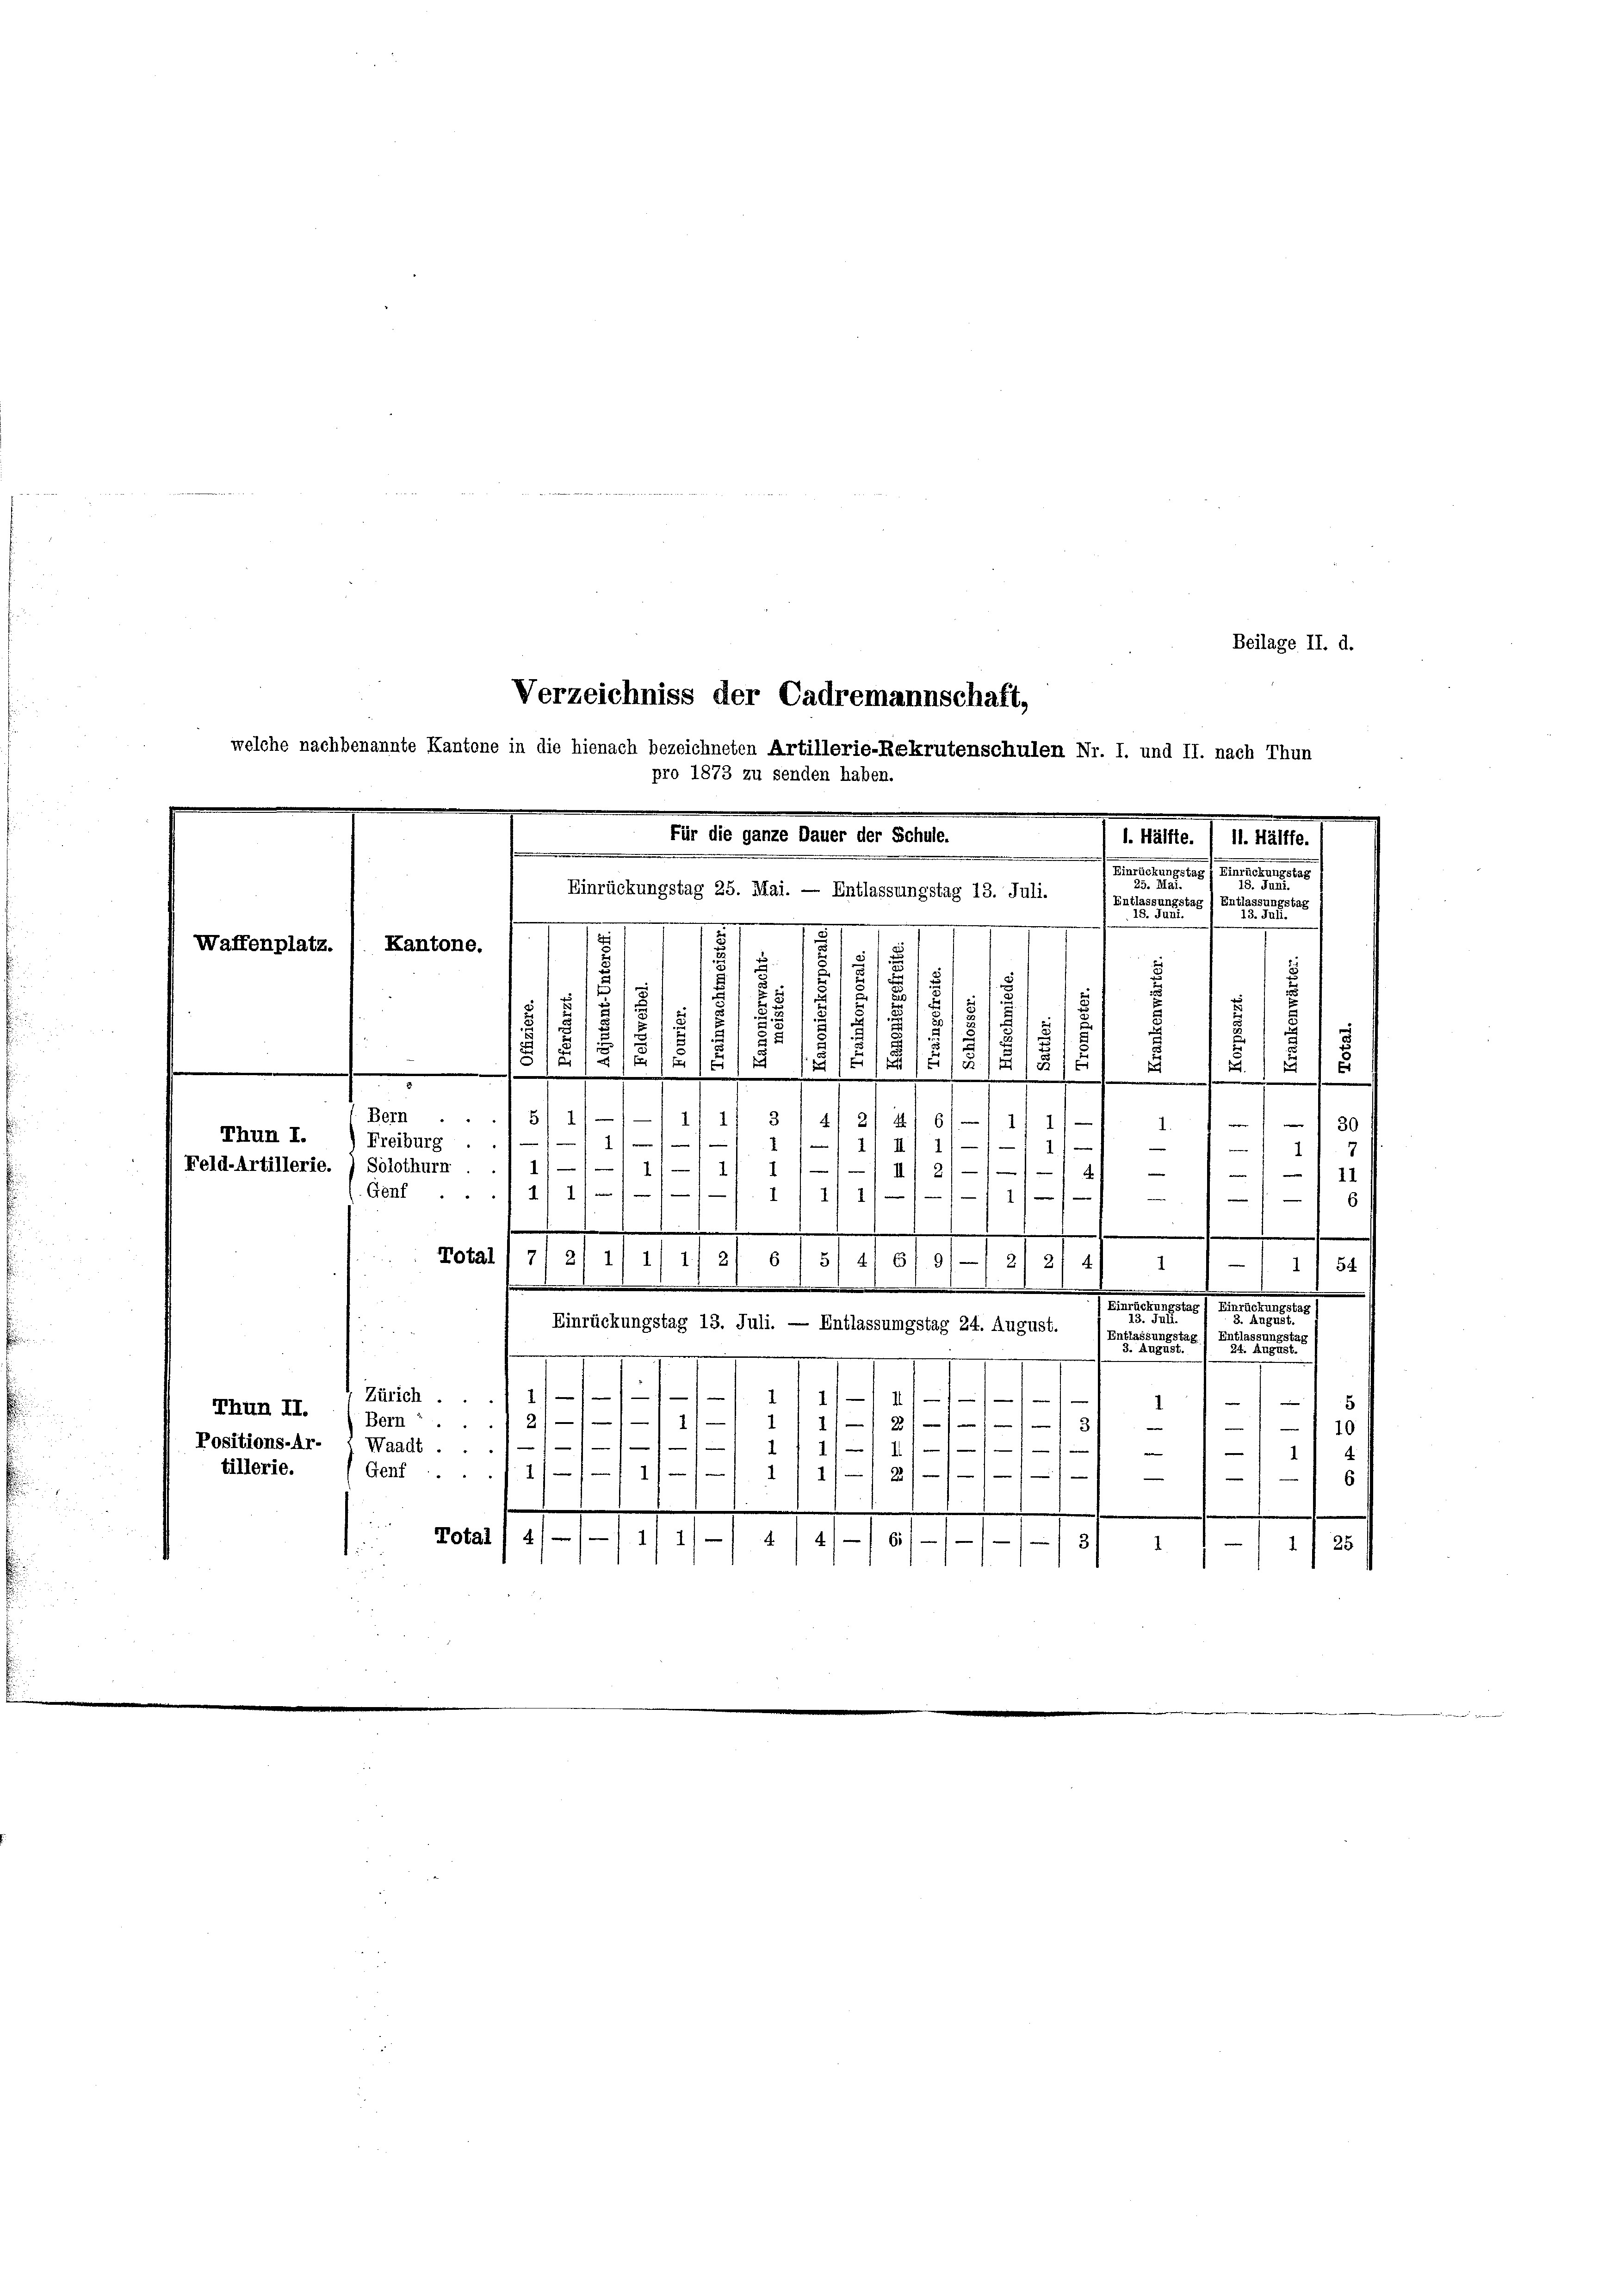
.
2
2
2

2
1
E
1
15/4/81.
/ 189
.

pro 1873 zu senden haben.
.
Für die ganze Dauer der Schule.
d. Hälfte. / 11. Hälffe.
.
.
Basserung des Gemeines
23.

Einrückungstag 25. Mai. — Entlassungstag 13. Juli.
(Entlassungstag (Entlassun
tag,
22. F
d
.
.
7
Kantone.
Waffenplatz.
¬
u

Thun I.
Feld-Artillerie.) Solothurn

Thun II. (Bern
Positions-Ar. : Waadt ...
tillerie.

Beilage II. d.
Verzeichniss der Cadremannschaft,
welche nachbenannte Kantone in die hienach bezeichneten Artillerie-Rekrutenschulen Nr. I. und II. nach Thun

51
.
u

e
b
2/4
)
Bern ... 5
.
3/4
d
1
e
30
1.
i
1
Freiburg .
/2/11 1/
n
1
1)
1/1 11 1/
) III 211—14
1
11
Genf 1 1/
I
1) 1/
e
.
.
Total 7' 21 1/ 1/ 1, 2/ 6/5/
4
619) — 2) 21 41
1
1) 54
.
.
Bunseressertes Gemeines
. Juli.
s
Einrückungstag 13. Juli. — Entlassungstag 24. August.
ntlassi
5Su2
e
2.
—
1
Zürich.
—
.

f
5
1
—
d
2/
2
11//2/13
110
11/11 111 11.///
1
1
11 x
Genf ..

21/
6
.
Total / 4//-11/11-/ 4/41/6//-1—1/3/ 1 1 - 1 1/25

s
u
.